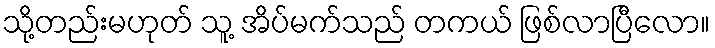
သို့တည်းမဟုတ် သူ့ အိပ်မက်သည် တကယ် ဖြစ်လာပြီလော။